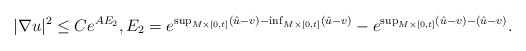
\begin{align*}|\nabla u |^2 \leq C e^{A E_2} ,E_2 = e^{\sup_{M\times [0,t] }(\hat u - v) - \inf_{M \times [0,t] } (\hat u - v)} - e^{ \sup_{M\times [0,t]} (\hat u - v) - (\hat u - v)}.\end{align*}